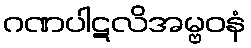
ဂဏပါဋလိအမ္ဗဝနံ